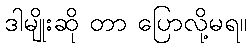
ဒါမျိုးဆို တာ ပြောလို့မရ။